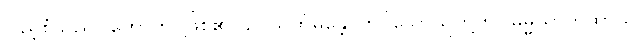
ပြည့်စုံသည်။ ဟောတိ၊ ဖြစ်၏။ ဥပသင်္ကမန္တေ၊ ကပ်သောသူတို့ကို။ ဓမ္မိယာကထာယ၊